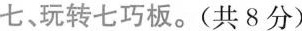
七、玩转七巧板。(共8分)